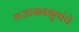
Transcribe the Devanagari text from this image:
गजाननबुवांचे